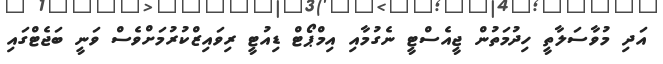
އަދި މުވާސަލާތީ ހިދުމަތުން ޖީއެސްޓީ ނެގުމާއި އިމްޕޯޓް ޑިއުޓީ ރިވައިޒްކުރުމަށްވެސް ވަނީ ބަޖެޓްގައި